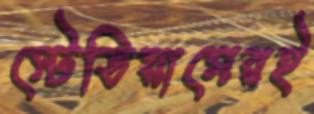
স্টেডিয়ামেরই